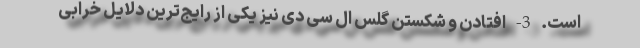
است. 3- افتادن و شکستن گلس ال سی دی نیز یکی از رایج‌ترین دلایل خرابی